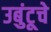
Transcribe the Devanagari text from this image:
उबुंटूचे